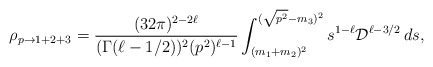
\begin{align*}\rho_{p\rightarrow 1+2+3}=\frac{(32\pi)^{2-2\ell}} {(\Gamma(\ell-1/2))^2(p^2)^{\ell-1}}\int_{(m_1+m_2)^2}^{(\sqrt{p^2}-m_3)^2} s^{1-\ell}{\cal D}^{\ell-3/2}\,ds,\end{align*}